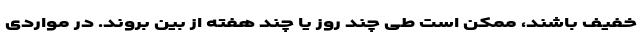
خفیف باشند، ممکن است طی چند روز یا چند هفته از بین بروند. در مواردی